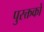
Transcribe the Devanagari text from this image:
पुस्क्तकों